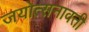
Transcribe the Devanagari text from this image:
जयोत्सनावती